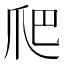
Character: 爬